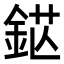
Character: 𨦵